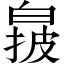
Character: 𬐌